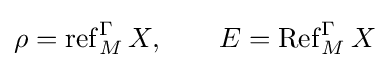
\rho =\operatorname {ref} _{M}^{\Gamma }X,\qquad E=\operatorname {Ref} _{M}^{\Gamma }X